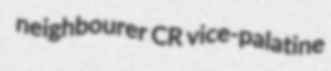
neighbourer CR vice-palatine